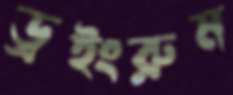
ড্রইংরুম